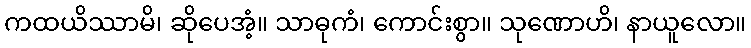
ကထယိဿာမိ၊ ဆိုပေအံ့။ သာဓုကံ၊ ကောင်းစွာ။ သုဏောဟိ၊ နာယူလော။